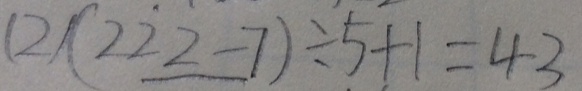
( 2 ) ( 2 2 2 - 7 ) \div 5 + 1 = 4 3